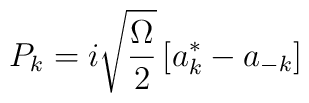
P_k=i\sqrt{\frac \Omega 2}\left[ a_k^{*}-a_{-k}\right]